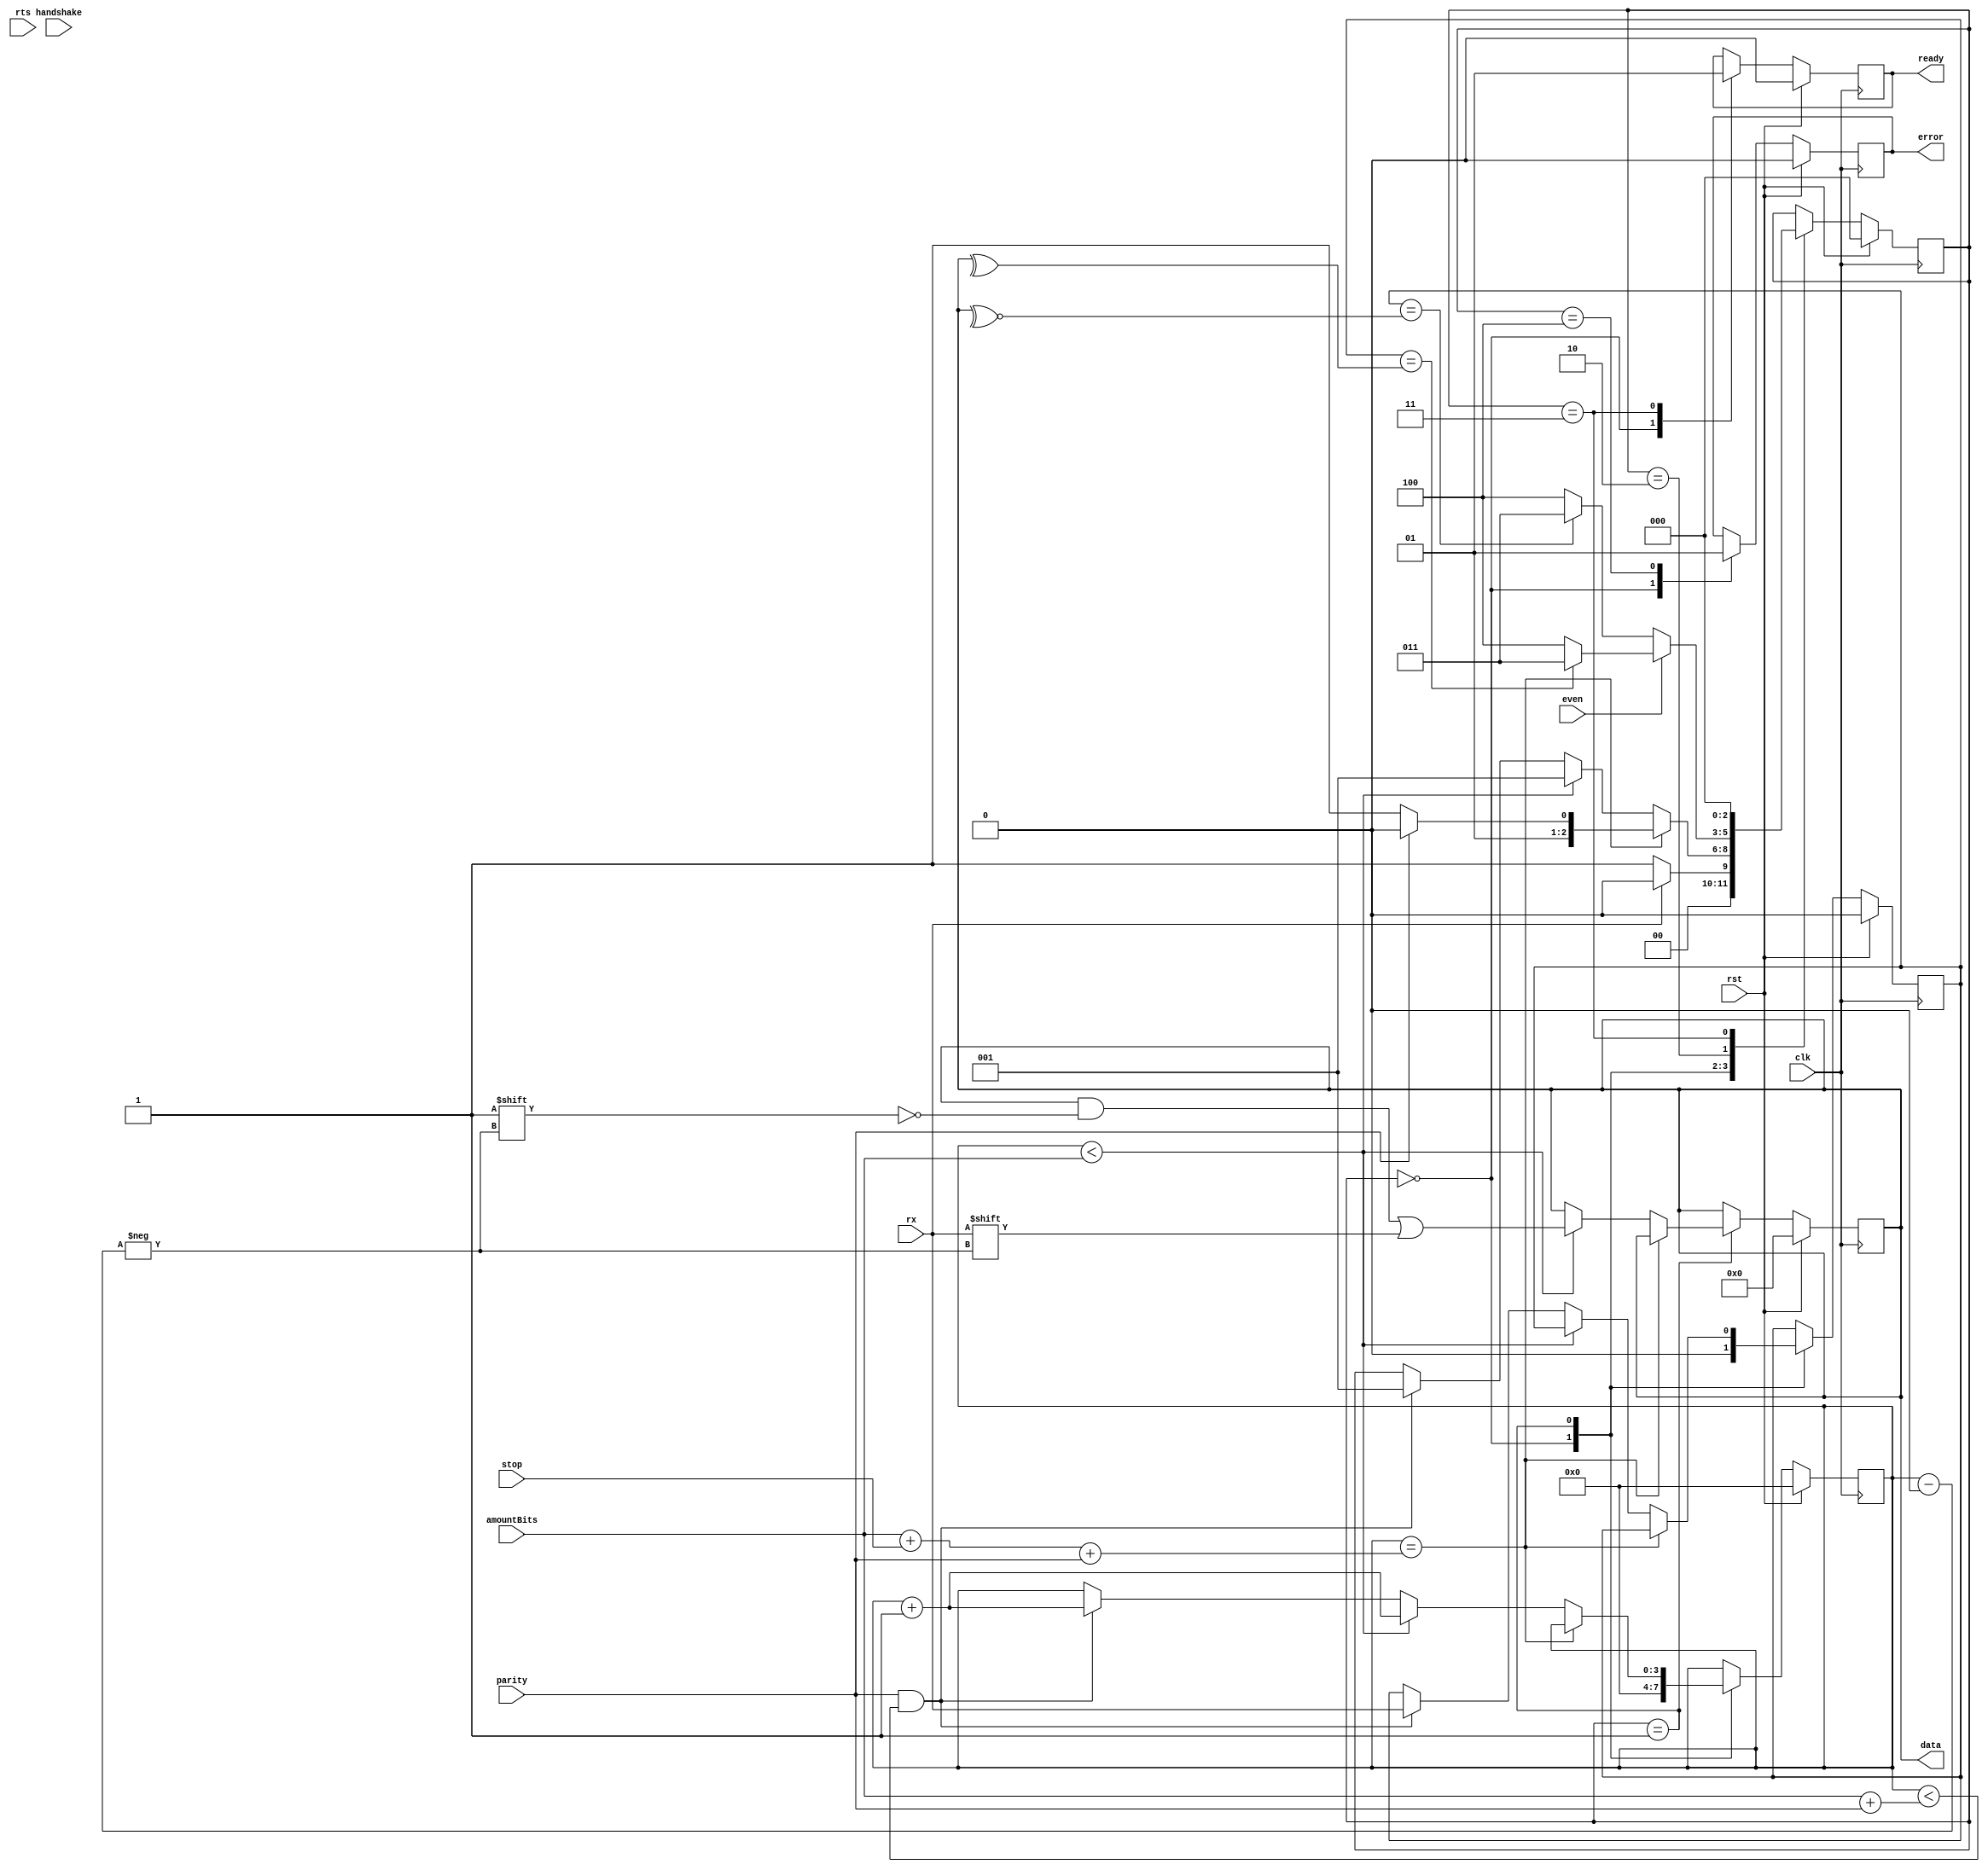
module uart_rx(clk, rst, rx, amountBits, parity, even, handshake, stop, data, ready, rts, error);

	input clk;
	input rst;
	input rx;
	input [3:0] amountBits;
	input parity;
	input even;
	input handshake;
	input stop;
	input rts;
	
	output reg [7:0] data;
	output reg ready;
	output reg error;
	
	reg received_parity;
	
	localparam idle = 3'd0, receiving = 3'd1, checking = 3'd2, done = 3'd3, failed = 3'd4;
	
	reg [2:0] state;
	reg [3:0] counter;
	
	always @ (posedge clk) begin
		if (rst)begin
			state           <= idle;
			counter         <= 4'd0;
			received_parity <= 1'b0;
			ready           <= 1'b0;
			data            <= 8'd0;
			error           <= 1'd0;
		end else begin
			case (state)
				idle:begin
					ready           <= 1'b0;
					received_parity <= 1'b0;
					counter         <= 4'd0;
					error           <= 1'b0;
					if (!rx) begin
						state <= receiving;
					end else begin
						state <= idle;
					end
				end
				receiving:begin	
					if (counter == (amountBits+stop+parity))begin
						if (parity)
							state <= checking;
						else
							state <= done;
					end else if (counter < amountBits) begin
						data[counter] <= rx;
						counter <= counter + 4'd1;
						state   <= receiving;
					end else if (parity == 1'd1 && (counter < amountBits + parity)) begin
						counter <= counter + 4'd1;
						state   <= receiving;
						received_parity <= rx;
					end
				end
				checking:begin
					if(even == 1'b1) begin //se a paridade for par
						if(received_parity == ^data) begin
							state <= done;
						end
						else begin
							state <= failed;
						end
					end
					else if(even == 1'b0) begin //se a paridade for mpar
						if(received_parity == ~^data) begin
							state <= done;
						end
						else begin
							state <= failed;
						end
					end
				end
				failed:begin
					error <= 1'b1; 
				end
				done:begin
					ready <= 1'b1;
					state <= idle;
				end
			endcase
		end
	end
endmodule